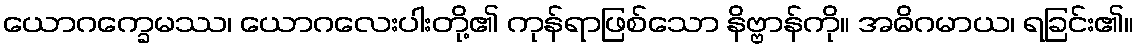
ယောဂက္ခေမဿ၊ ယောဂလေးပါးတို့၏ ကုန်ရာဖြစ်သော နိဗ္ဗာန်ကို။ အဓိဂမာယ၊ ရခြင်း၏။